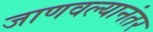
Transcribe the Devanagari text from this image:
जाणवल्यानंतर